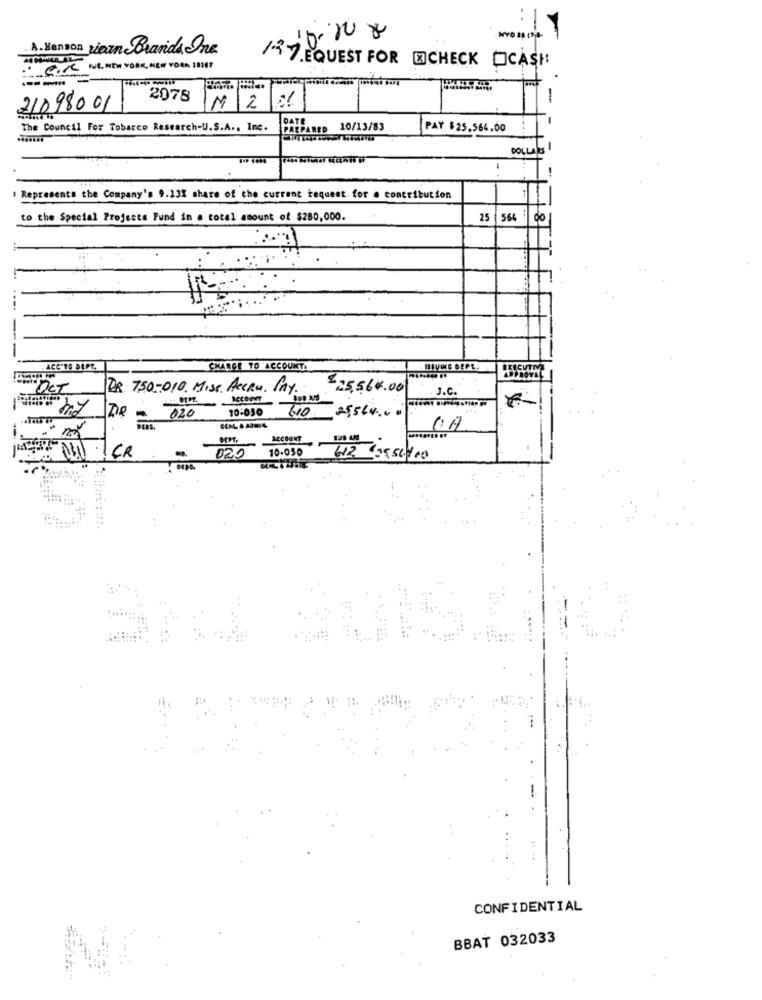
A. Henson viown Brands Inc
CoCe NE NEW YORK, NEW YORK 1037
1.2.7. EQUEST FOR CHECK OCASH
-
2978
-
21098001
IM
2
The Council For Tobacco Research-U.S.A ., Inc.
PREPARED 10/13/83
PAY $25.564.00
DOLLARS
I Represents the Company's 9.13% share of the current tequest for . contribution
to the Special Projects Fund in a total amount of $280,000.
25 564 00
-
-
. ACC'TO DEPT.
CHARGE TO ACCOUNT.
EXECUTIV
APPROVAL
OCT
DR. 750-010 MISS ACCRU. PAY.
$25.564.00
J.C.
ACCOUNT
020
10:030
610 25564.00
10-050
.1 CR
020
612 €25,56400
CONFIDENTIAL
BBAT 032033